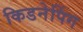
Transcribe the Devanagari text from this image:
किडनेपिंग